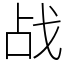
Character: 战